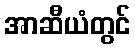
အာဆီယံတွင်